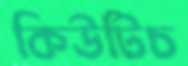
কিউটিচ